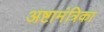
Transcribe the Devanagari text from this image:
अष्टामंत्रिका